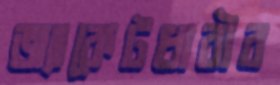
জ্যাকেটধারীর